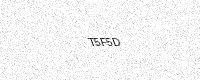
Text: T5F5D